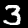
Label: 3